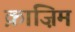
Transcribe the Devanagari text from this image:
क़ाज़िम